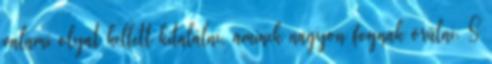
valami olyat kellett kitalálni, aminek nagyon fognak örülni. S